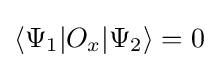
\langle \Psi _{1}|O_{x}|\Psi _{2}\rangle =0